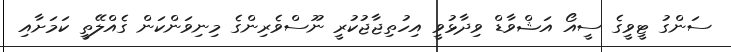
ސަންގު ޓީވީގެ ސީއޯ އަޝްވާޑް ވިދާޅުވީ އިހުތިޖާޖުކުރީ ނޫސްވެރިންގެ މިނިވަންކަން ގެއްލޭތީ ކަމަށާއި